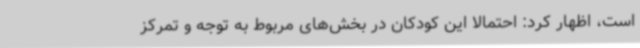
است، اظهار کرد: احتمالاً این کودکان در بخش‌های مربوط به توجه و تمرکز